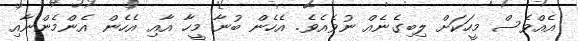
އެއްވެސް މީހަކަށް ލިބިގެނެއް ނުވެއެވެ. އެހެން ބުނާ މީހާ އާއި އެހެން އެންމެންނާއި